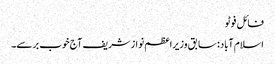
فائل فوٹو
اسلام آباد: سابق وزیراعظم نوازشریف آج خوب برسے۔